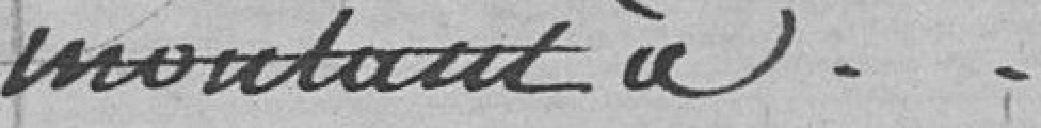
montant à